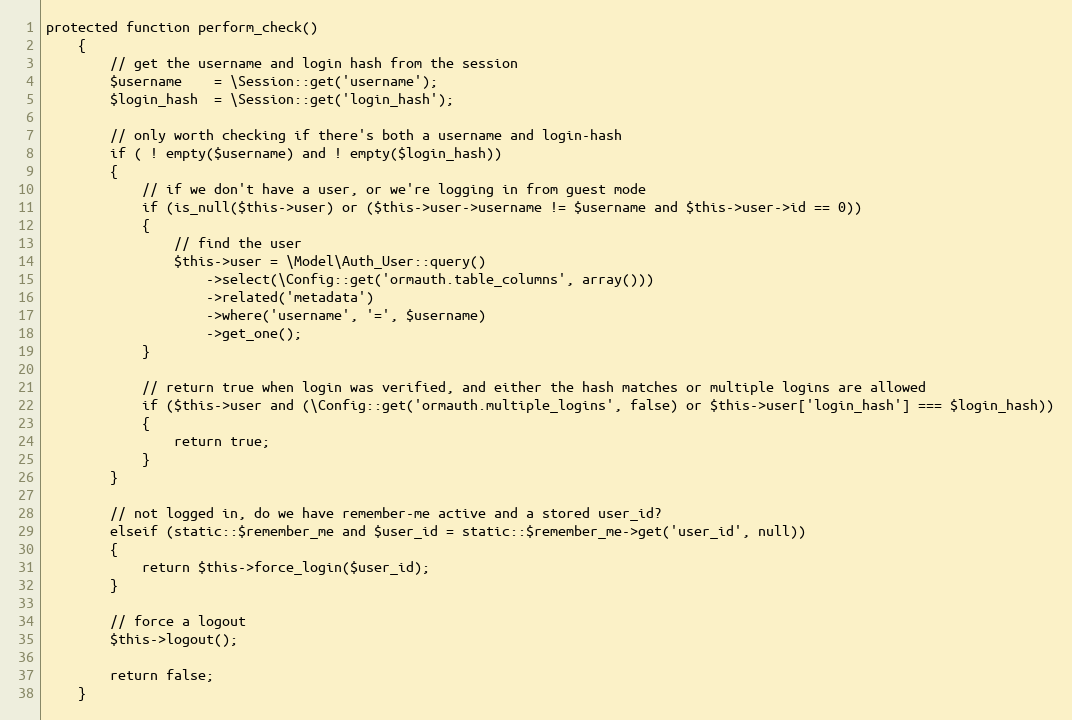
Language: PHP
protected function perform_check()
	{
		// get the username and login hash from the session
		$username    = \Session::get('username');
		$login_hash  = \Session::get('login_hash');

		// only worth checking if there's both a username and login-hash
		if ( ! empty($username) and ! empty($login_hash))
		{
			// if we don't have a user, or we're logging in from guest mode
			if (is_null($this->user) or ($this->user->username != $username and $this->user->id == 0))
			{
				// find the user
				$this->user = \Model\Auth_User::query()
					->select(\Config::get('ormauth.table_columns', array()))
					->related('metadata')
					->where('username', '=', $username)
					->get_one();
			}

			// return true when login was verified, and either the hash matches or multiple logins are allowed
			if ($this->user and (\Config::get('ormauth.multiple_logins', false) or $this->user['login_hash'] === $login_hash))
			{
				return true;
			}
		}

		// not logged in, do we have remember-me active and a stored user_id?
		elseif (static::$remember_me and $user_id = static::$remember_me->get('user_id', null))
		{
			return $this->force_login($user_id);
		}

		// force a logout
		$this->logout();

		return false;
	}